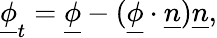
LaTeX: \underline{{\phi}}_{t}=\underline{{\phi}}-(\underline{{\phi}}\cdot\underline{{n}})\underline{{n}},